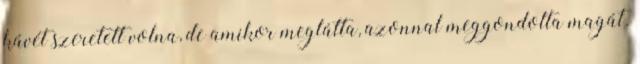
kávét szeretett volna, de amikor meglátta, azonnal meggondolta magát.